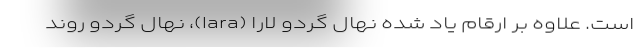
است. علاوه بر ارقام یاد شده نهال گردو لارا (lara)، نهال گردو روند